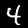
Label: 4